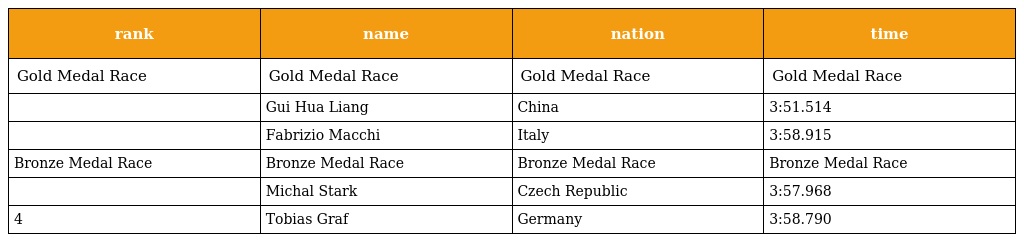
| rank | name | nation | time |
 | --- | --- | --- | --- |
 | Gold Medal Race | Gold Medal Race | Gold Medal Race | Gold Medal Race |
 |  | Gui Hua Liang | China | 3:51.514 |
 |  | Fabrizio Macchi | Italy | 3:58.915 |
 | Bronze Medal Race | Bronze Medal Race | Bronze Medal Race | Bronze Medal Race |
 |  | Michal Stark | Czech Republic | 3:57.968 |
 | 4 | Tobias Graf | Germany | 3:58.790 |